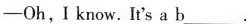
-Oh,I know. It's a b___.